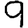
Digit: 9